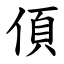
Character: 㑯